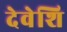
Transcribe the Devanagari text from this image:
देवेशि